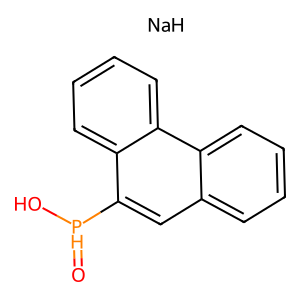
SMILES: O=[PH](O)c1cc2ccccc2c2ccccc12.[NaH]
Inhibits HIV replication: No